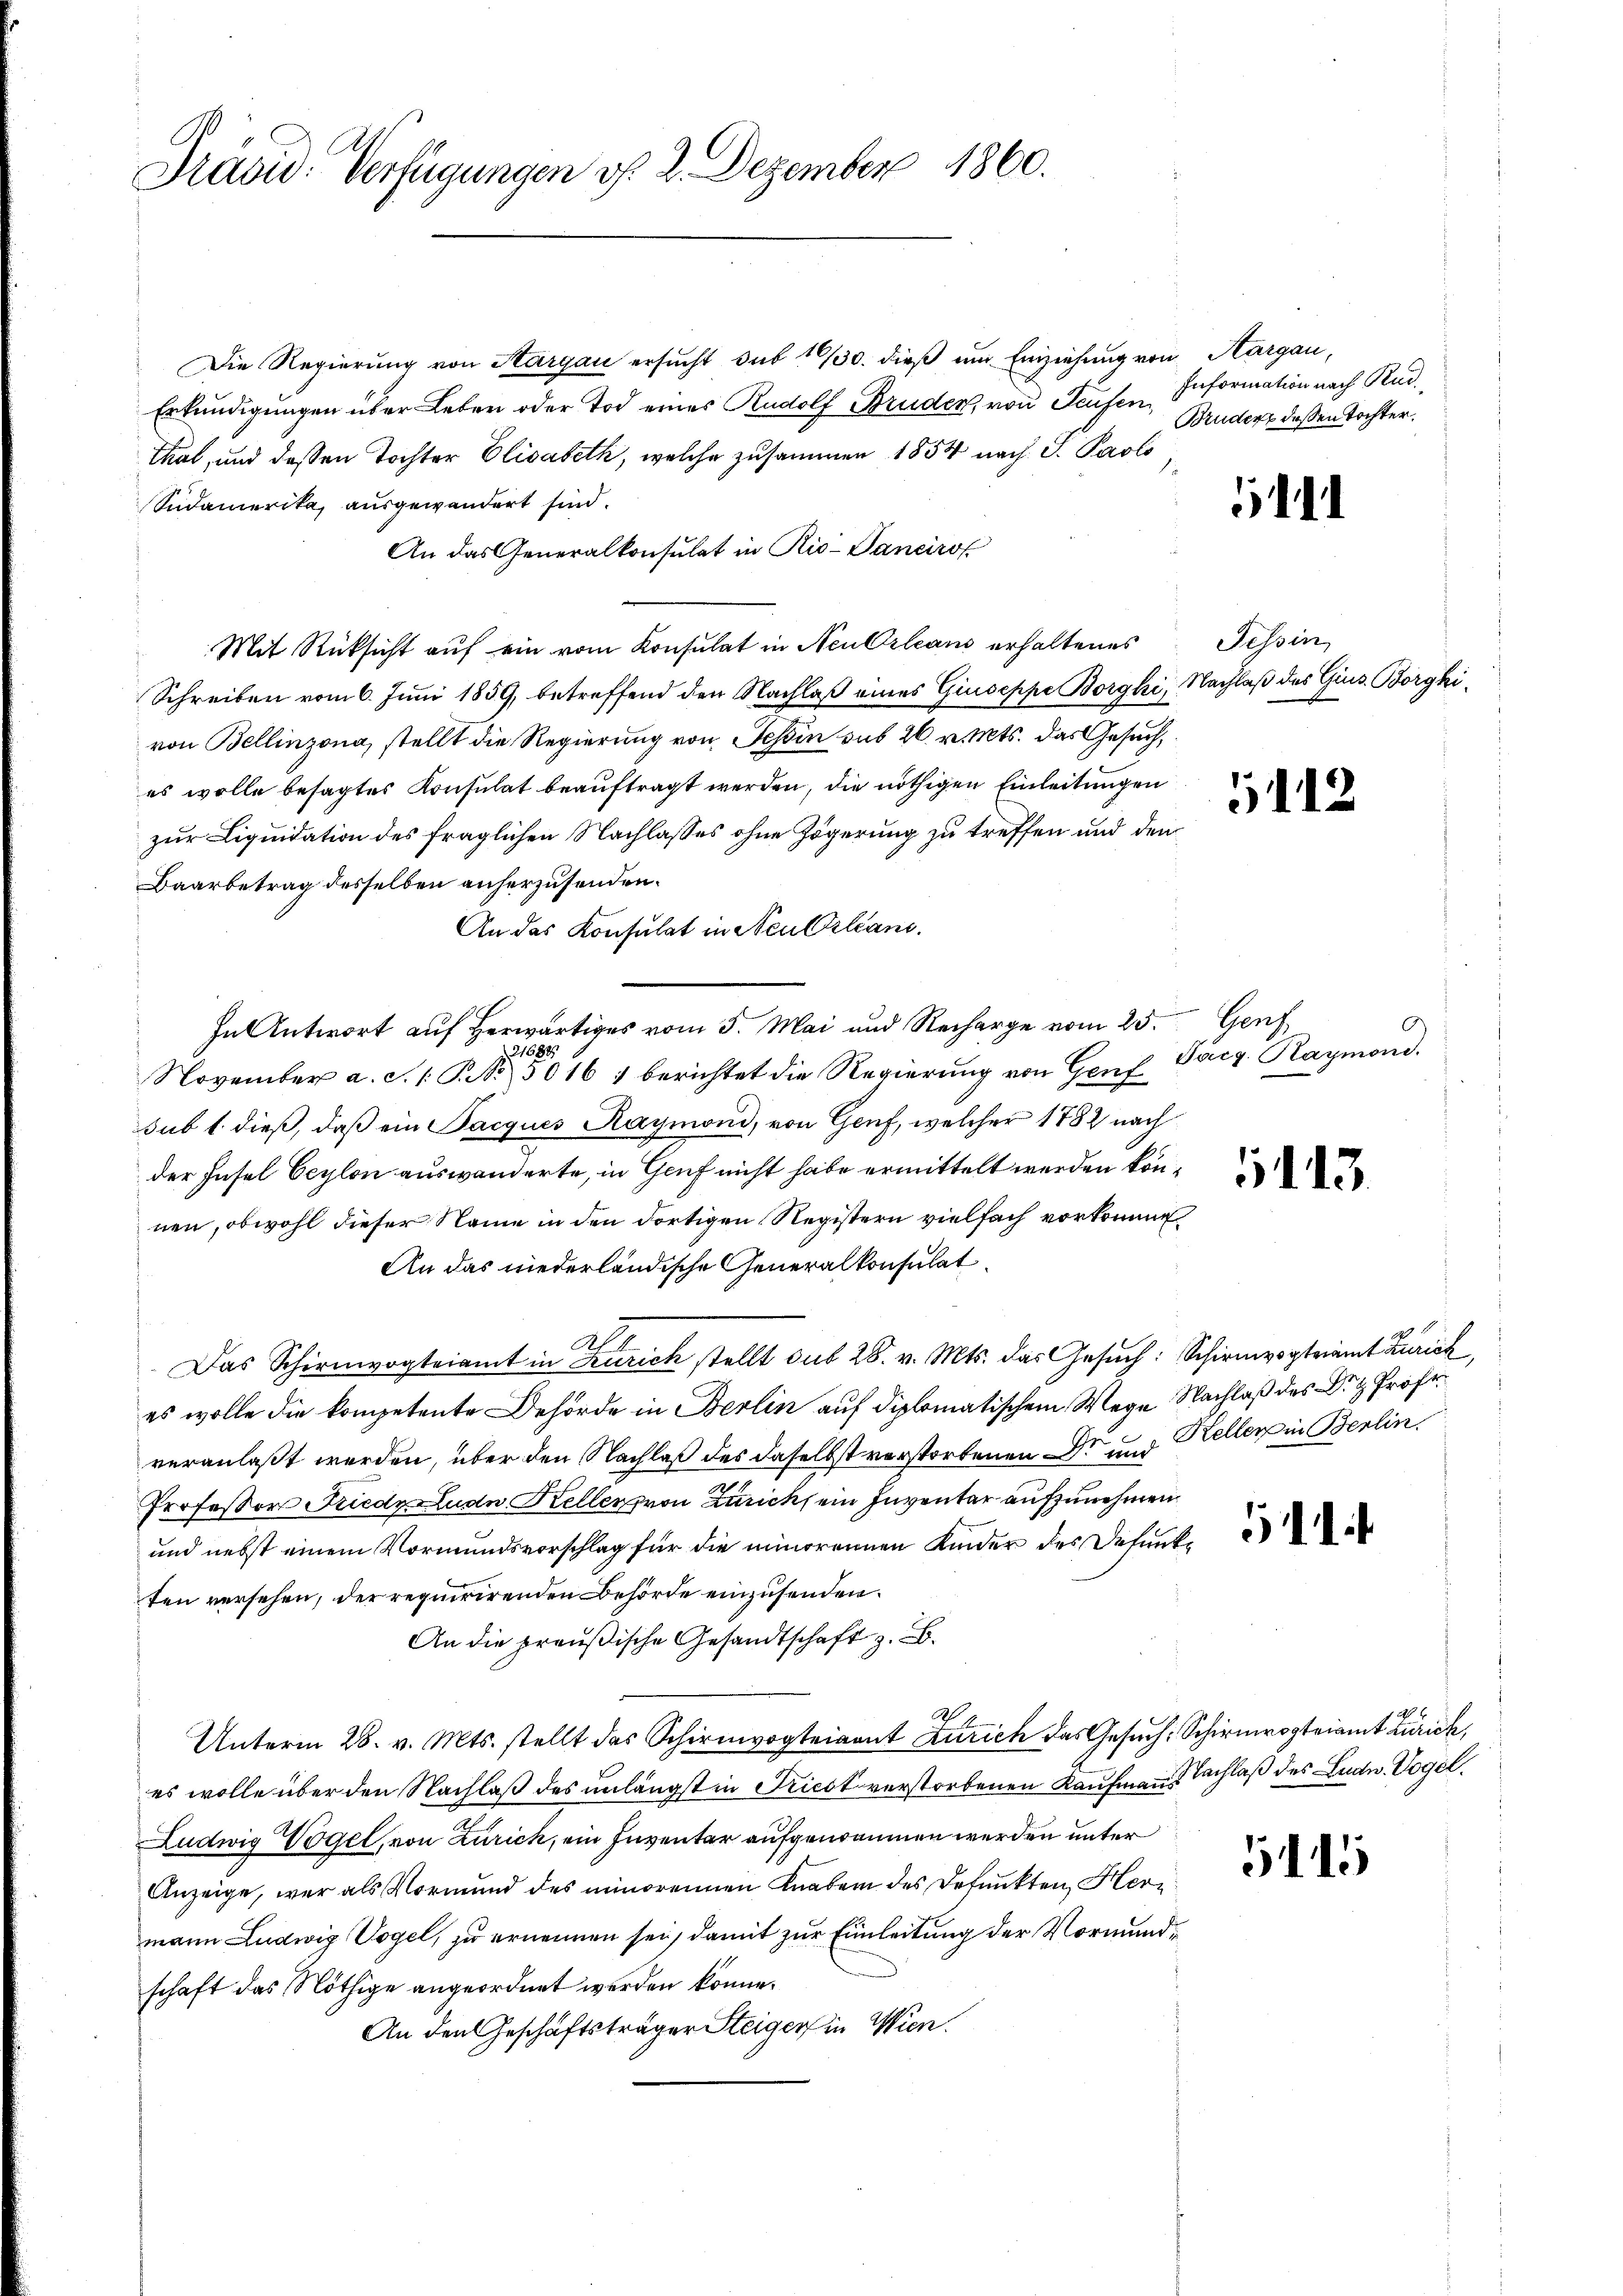
Präsid. Verfügungen d. 2. Dezember 1860.

Die Regierung von Aargau ersucht sub 10/30. dieß um Einziehung von Aargau,
Erkundigungen über Leben oder Tod eines Rudolf Bruden, von Seufen
Thal, und deßen Tochter Elisabeth, welche zusammen 1854 nach S. Paolo
Südamerika, ausgewandert sind.
An das Generalkonsulat in Rio-Tancirol
Mit Rücksicht auf ein vom Konsulat in Neu Orleans erhaltenes Tessin,
Schreiben vom 6. Juni 1859, betreffend den Nachlaß eines Giuseppe Borghi, Nachlaß des Gius. Borgkivon Bellinzona, stellt die Regierung von Tessin sub 26. v. Mts. das Gesuch,
es wolle besagtes Konsulat beauftragt werden, die nöthigen Einleitungen
zur Liquidation des fraglichen Nachlasses ohne Zögerung zu treffen und den
Baarbetrag desselben anherzusenden.
An das Konsulat in Neu Orlean
In Antwort auf herwärtiges vom 5. Mai und Recharge vom 25. Genf
1688
November a. S. 1 S. 5016 1 berichtet die Regierung von Genf
sub 1. dieß, daß ein Jacques Raymond, von Genf, welcher 1882 nach
der Insel Ceylon auswanderte, in Genf nicht habe ermittelt werden können, obwohl dieser Name in den dortigen Registern vielfach vorkomme¬
An das niederländische Generalkonsulat
Das Schirmvogteiamt in Zürich stellt sub 28. v. Mts. das Gesuch: Schirmvogteiamt Zürich
es wolle die kompetente Behörde in Berlin auf diplomatischem Wege Nachlaß des Dr. H. Profe
veranlaßt werden, über den Nachlaß des daselbst verstorbenen Dr und Keller in Berlin,
Professor Friede und Kellen von Zürich ein Inventar aufzunehmen.
und nebst einem Vormundsvorschlag für die minorennen Kinder des Defentten versehen, der requirirenden Behörde einzusenden.
An die preußische Gesandtschaft z. B.
A
Unterm 28. v. Mts. stellt das Schirmvogteigent Zürich das Gesuch: Schirmvogteiamt Zürich,
es wolle über den Nachlaß des unlängst in Friest verstorbenen Kaufmann Sachlaß des Ludw. Vogel.
Ludwig Vogel, von Zürich, ein Inventar aufgenommen werden unter
Anzeige, wer als Vormund des minorennen Knaben des Befunkten Herz
mann Ludwig Vogel, zu ernennen sei, damit zur Einleitung der Vormundschaft das Nöthige angeordnet werden könne.
An den Geschäftsträger Steiger in Wien.

Information nach Rud.
Bruder dessen Tochter.

1

5112

C
Targ. Raymond.

1113.

5

5115